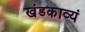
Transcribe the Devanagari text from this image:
खंडकाव्यं